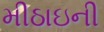
મીઠાઇની